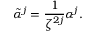
\tilde { \alpha } ^ { j } = \frac { 1 } { \zeta ^ { 2 j } } \alpha ^ { j } .